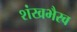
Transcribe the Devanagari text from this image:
शंखभैरव